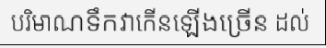
បរិមាណទឹកវាកើនឡើងច្រើន ដល់